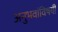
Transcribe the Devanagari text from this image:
अनुभवांविषयी